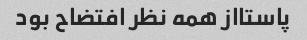
پاستااز همه نظر افتضاح بود